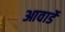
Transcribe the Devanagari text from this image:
आवार्डे